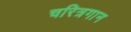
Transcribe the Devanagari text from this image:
चरित्रगान